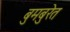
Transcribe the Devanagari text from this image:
बुमबुरेत